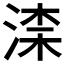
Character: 𣸑